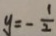
y = - \frac { 1 } { 2 }